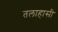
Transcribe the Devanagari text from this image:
तलाहासी